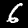
Digit: 6